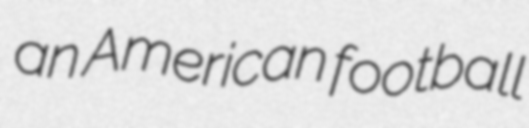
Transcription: an American football